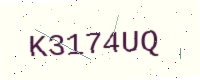
Text: K3174UQ